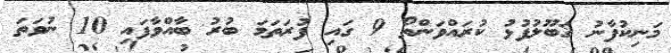
މަނިކުފާނު ޤަބޫލުފުޅު ކުރައްވަންތޯ 9 ގައި ފުރަތަމަ ބުރު ބާއްވާފައި 10 ނުވަތަ